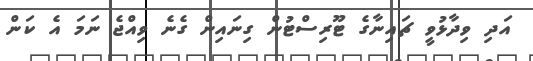
އަދި ވިދާޅުވީ ޗައިނާގެ ޓޫރިސްޓުން ގިނައިން ގެނެ ވިއްޖެ ނަމަ އެ ކަން